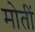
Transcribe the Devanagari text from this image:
मोतीं